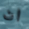
ان